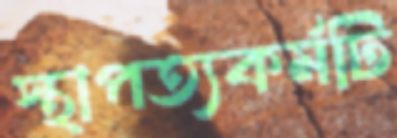
স্থাপত্যকর্মটি